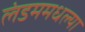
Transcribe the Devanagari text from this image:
लंडममधल्या